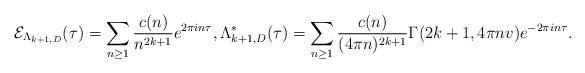
LaTeX: \begin{align*}\mathcal{E}_{\Lambda_{k+1,D}}(\tau) = \sum_{n\geq 1} \frac{c(n)}{n^{2k+1}}e^{2\pi i n \tau},\Lambda_{k+1,D}^*(\tau) = \sum_{n \geq 1} \frac{c(n) }{(4\pi n)^{2k+1}}\Gamma(2k+1,4\pi n v)e^{-2\pi i n \tau}.\end{align*}